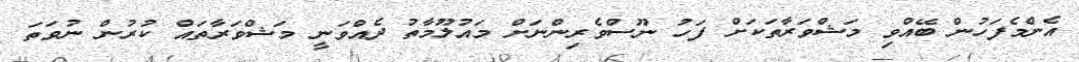
އެންމެފަހުން ބޭއްވި މަޝްވަރާތަކަށް ފަހު ނޫސްވެރިންނަށް މައުލޫމާތު ދެއްވަނީ މަޝްވަރާތައް ކުރުން ނުވަތަ